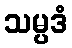
သမ္ပဒံ